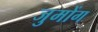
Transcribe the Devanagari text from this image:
जुमोंग